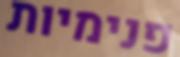
פנימיות